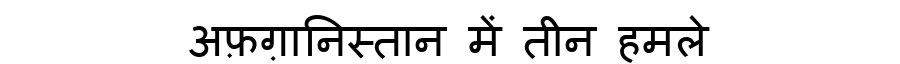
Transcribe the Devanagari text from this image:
अफ़ग़ानिस्तान में तीन हमले